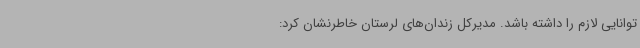
توانایی لازم را داشته باشد. مدیرکل زندان‌های لرستان خاطرنشان کرد: